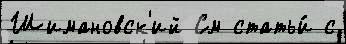
Шимановск'ий См статьи́ с